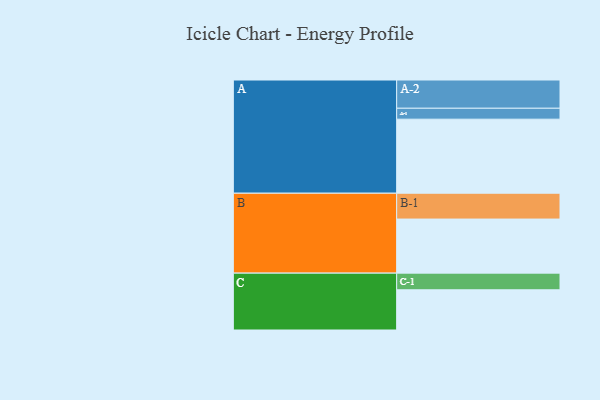
{"axis": {"x": "Segment", "y": "Value"}, "legend": ["", "A", "B", "C"], "data": [{"x": "A", "y": 582, "type": ""}, {"x": "B", "y": 425, "type": ""}, {"x": "C", "y": 316, "type": ""}, {"x": "A-1", "y": 86, "type": "A"}, {"x": "A-2", "y": 222, "type": "A"}, {"x": "B-1", "y": 203, "type": "B"}, {"x": "C-1", "y": 131, "type": "C"}]}